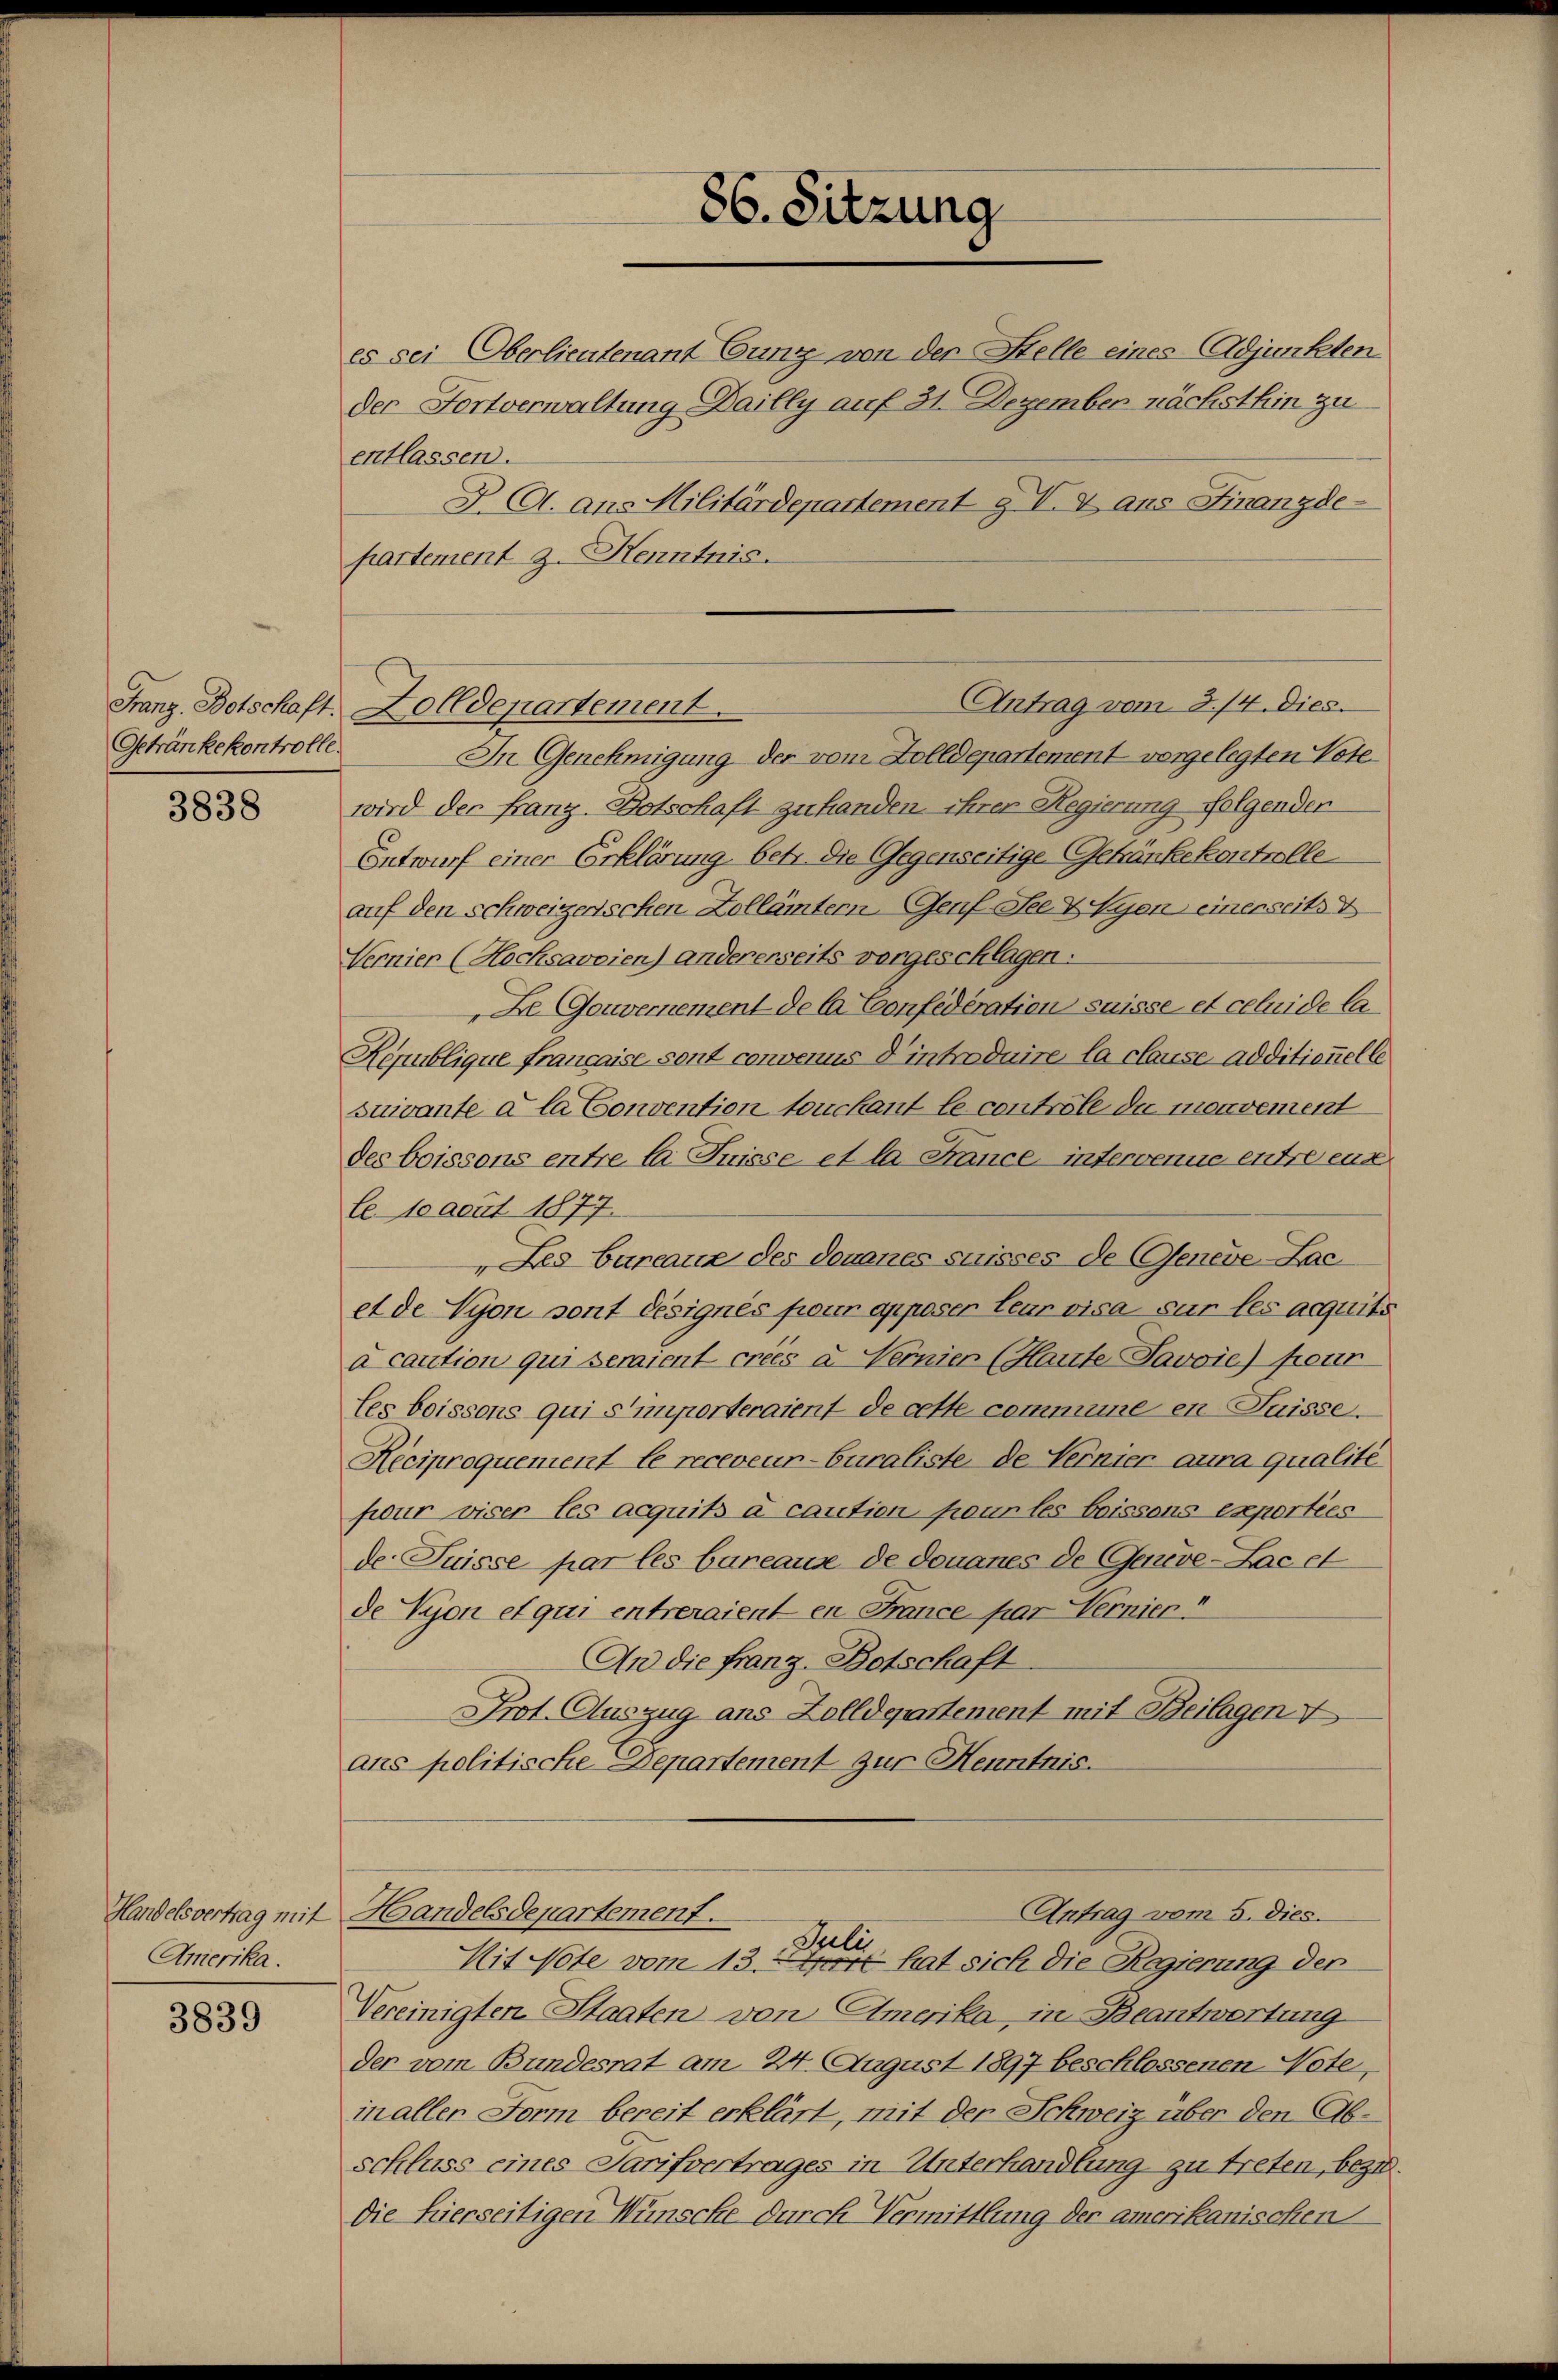
Getränkekontrolle.

3838

Amerika.

3839

Franz Botschaft. Dolldepartement.

86. Sitzung

es sei Oberlieutenant Gunz von der Stelle eines Adjunkten
der Fortverwaltung Dailly auf 31. Dezember nächsthin zu
entlassen.
J. A. ans Militärdepartement g V. 4 aus Finanzde
partement z. Henntnis.
In Genehmigung der vom Zolldepartement vorgelegten Votewird der Franz. Botschaft zu handen ihrer Regierung folgenden
Entwurf einer Erklärung betr. die Gegenseitige Gekränkekontrolle
auf den schweizerischen Kollämtern, Genf See & Vyen einerseits E
Vernier (Hocksaveien) andererseits vorgeschlagen:
De Gouvernement de la Confédération suisse et celuide la
Republique française sont convenus d’introduire la clause additionelle
suivante a la Convention touckant le controle die mouvement
des boissons entre la Juisse et la France intervenue entreeng
Ce 10 acut 1877.
" Lex Bureaux des douanes suisses de Geneve-Lac.
et de Nyon sont désignés pour apposer leur visa sur les acquits
à caution qui seraient créés u. Nernier (Haute Javoie) four
les boissons qui s’importeraient de cette commune en Suisse.
Reciproquement le receveur-Curaliste de Vernier aura qualité
four viser les acquits à caution pour les boissens exporties
de Puisse par les bureaus de douanes de Genève-Lac et
de Vyon et qui entreraient en France par Hernier
An die Franz-Botschaft
Prot. Auszug aus Zolldepartement mit Beilagen
ans politische Departement zur Henntnis.
Antrag vom 5. dies.
Handelsvertrag mit Handelsdepartement.
Julii
Mit Note vom 13. Mart hat sich die Regierung der
Vereinigten Staaten von Amerika, in Beantwortung
der vom Bundesrat am 24. August 1897 beschlossenen Note,
in aller Form bereit erklärt, mit der Schweiz über den Abschluss eines Tarifvertrages in Unterhandlung zu treten, bezi
die hierseitigen Wünsche durch Vermittlung der amerikanischen

Antrag vom 8./4. Dies